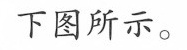
下图所示。